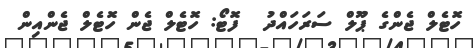
ހޮޓެލް ޖެންގެ ޕޫލް ސަރަހައްދު  ފޮޓޯ: ހޮޓެލް ޖެން ހޮޓެލް ޖެންއިން